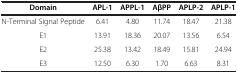
<table><thead><tr><td><b>Domain</b></td><td><b>APL-1</b></td><td><b>APPL-1</b></td><td><b>AβPP</b></td><td><b>APLP-2</b></td><td><b>APLP-1</b></td></tr></thead><tbody><tr><td>N-Terminal Signal Peptide</td><td>6.41</td><td>4.80</td><td>11.74</td><td>18.47</td><td>21.38</td></tr><tr><td>E1</td><td>13.91</td><td>18.36</td><td>20.07</td><td>13.56</td><td>6.54</td></tr><tr><td>E2</td><td>25.38</td><td>13.42</td><td>18.49</td><td>15.81</td><td>24.94</td></tr><tr><td>E3</td><td>12.50</td><td>6.30</td><td>1.70</td><td>6.63</td><td>8.31</td></tr></tbody></table>